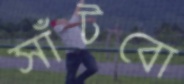
সাঁটবো